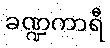
ခဏ္ဍကာရီ